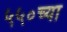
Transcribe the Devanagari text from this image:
५५०च्या